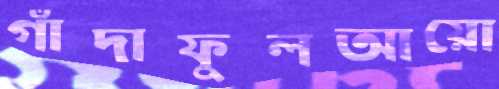
গাঁদাফুলআয়ো